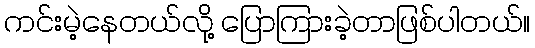
ကင်းမဲ့နေတယ်လို့ ပြောကြားခဲ့တာဖြစ်ပါတယ်။